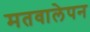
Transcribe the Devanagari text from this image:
मतवालेपन